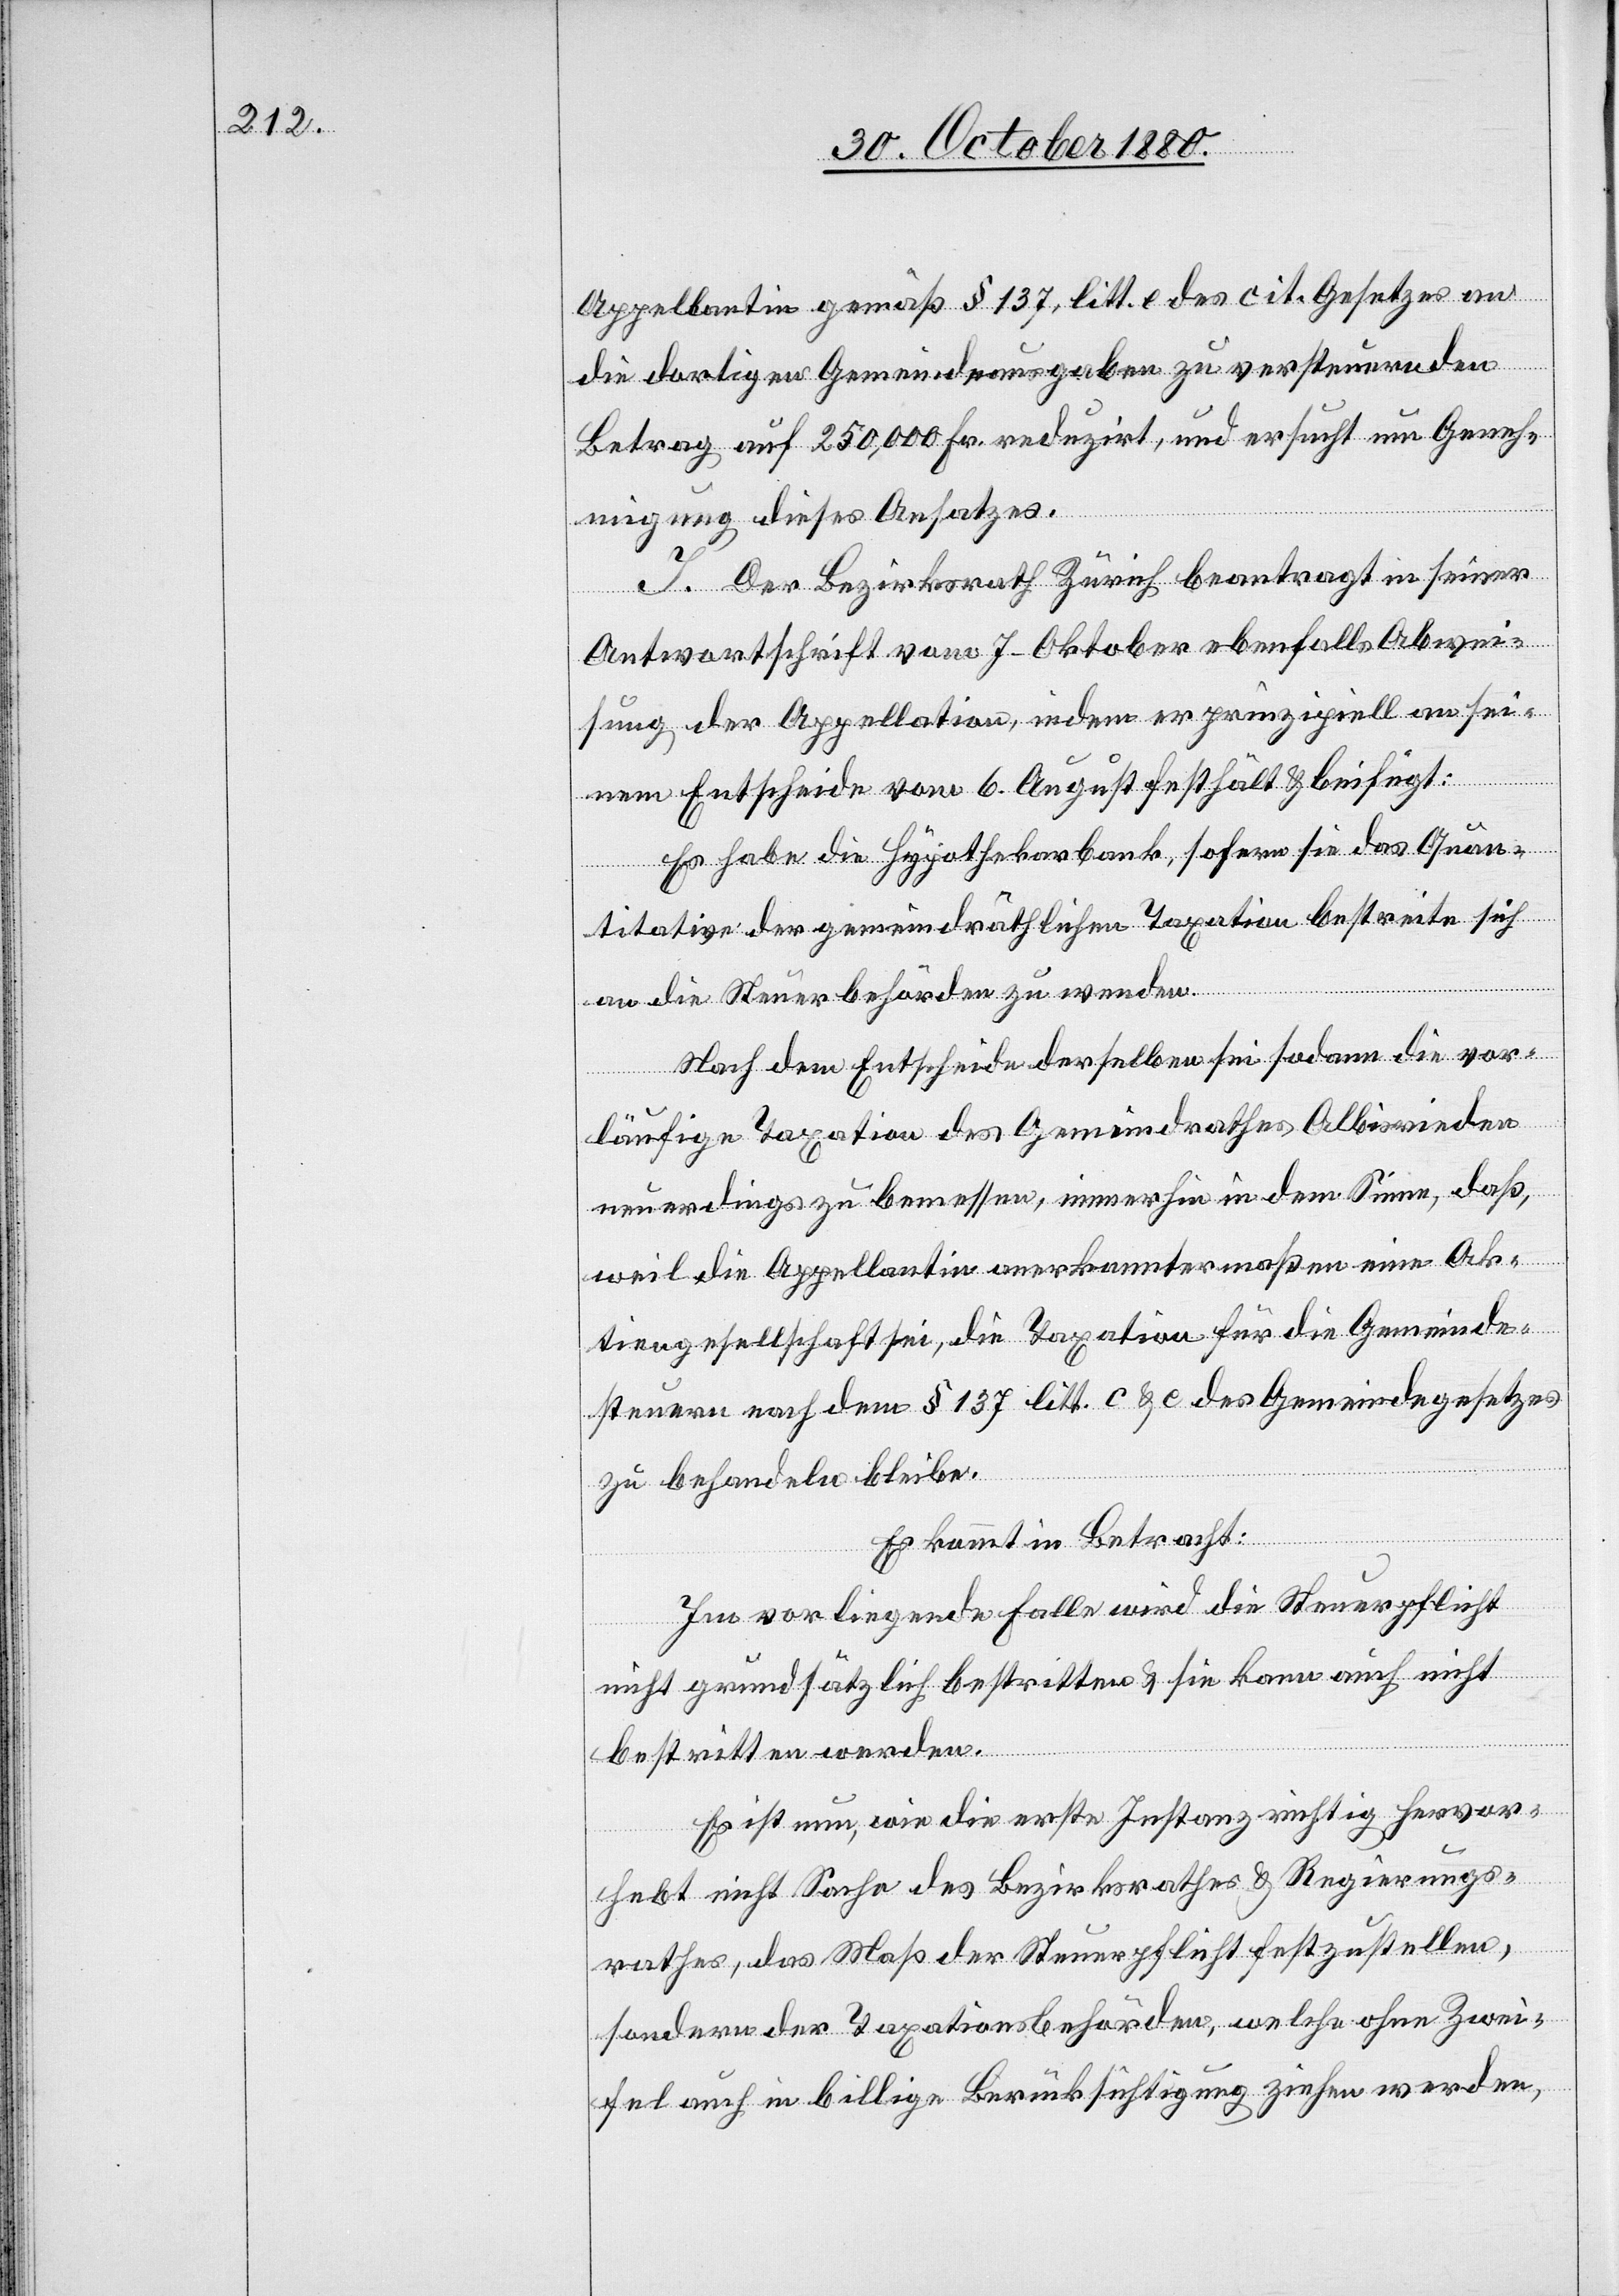
Appellantin gemäß § 137, litt. c. des cit. Gesetzes an
die dortigen Gemeindeausgaben zu versteuernden
Betrag auf 250,000 Fr. reduzirt, und ersucht um Geneh¬
migung dieses Ansatzes.
J. Der Bezirksrath Zürich beantragt in seiner
Antwortschrift vom 7. Oktober ebenfalls Abwei¬
sung der Appellation, indem er prinzipiell an sei¬
nem Entscheide vom 6. August festhält & beifügt:
Es habe die Hypothekarbank, sofern sie das Quan¬
titative der gemeindräthlichen Taxation bestreite sich
an die Steuerbehörden zu wenden.
Nach dem Entscheide derselben sei sodann die vor¬
läufige Taxation des Gemeindrathes Albisrieden
neuerdings zu bemessen, immerhin in dem Sinne, daß,
weil die Appellantin anerkanntermaßen eine Ak¬
tiengesellschaft sei, die Taxation für die Gemeinde¬
steuern nach dem § 137 litt. c & e des Gemeindegesetzes
zu behandeln bleibe.
Es kommt in Betracht:
Im vorliegenden Falle wird die Steuerpflicht
nicht grundsätzlich bestritten & sie kann auch nicht
bestritten werden.
Es ist nun, wie die erste Instanz richtig hervor¬
hebt nicht Sache des Bezirksrathes & Regierungs¬
rathes, das Maß der Steuerpflicht festzustellen,
sondern der Taxationsbehörden, welche ohne Zwei¬
fel auch in billige Berücksichtigung ziehen werden,